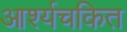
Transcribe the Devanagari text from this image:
आर्श्यचकित